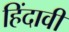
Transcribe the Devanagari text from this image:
हिंदावी